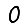
Digit: 0